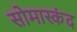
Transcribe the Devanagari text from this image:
सोमास्कंद